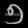
Digit: ၅